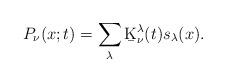
LaTeX: \begin{align*}P_{\nu}(x;t)=\sum_{\lambda}\b{K}^{\lambda}_{\nu}(t)s_{\lambda}(x).\end{align*}